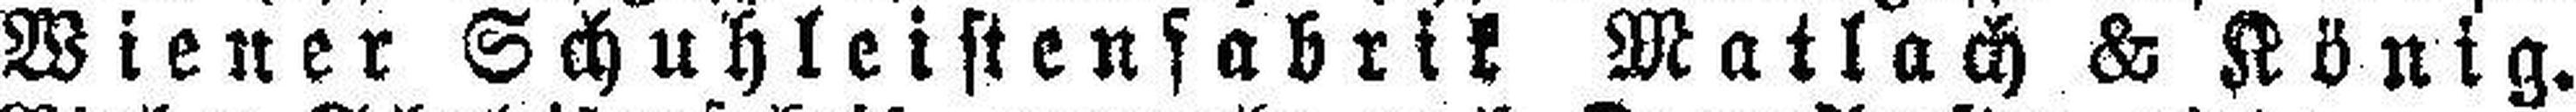
Wiener Schuhleistenfabrik Matlach & König.